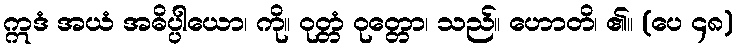
ဣဒံ အယံ အဓိပ္ပါယော၊ ကို။ ဝုတ္တံ ဝုတ္တော၊ သည်။ ဟောတိ၊ ၏။ (ပေ ၄၈)